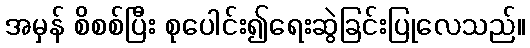
အမှန် စိစစ်ပြီး စုပေါင်း၍ရေးဆွဲခြင်းပြုလေသည်။